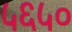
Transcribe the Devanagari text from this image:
५६५०